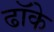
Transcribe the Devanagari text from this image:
ढॉके